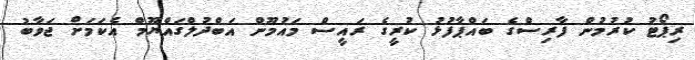
ރިޕޯޓު ކުރުމުން ފާރިސްގެ ބައްޕާފުޅު ކުރީގެ ރައީސް މައުމޫން އަބްދުލްގައްޔޫމް އެކަމަށް ޖަވާބު